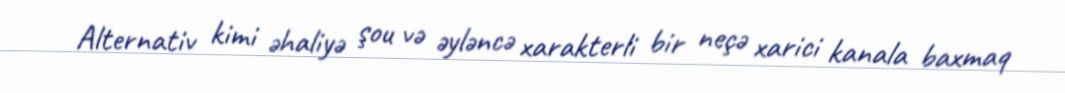
Alternativ kimi əhaliyə şou və əyləncə xarakterli bir neçə xarici kanala baxmaq